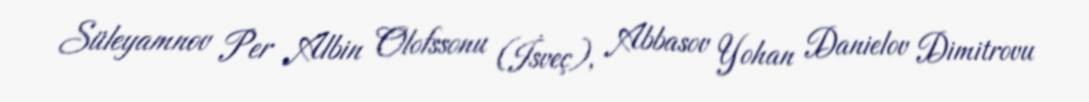
Süleyamnov Per Albin Olofssonu (İsveç), Abbasov Yohan Danielov Dimitrovu